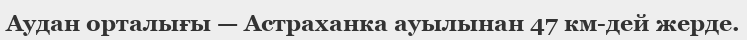
Аудан орталығы — Астраханка ауылынан 47 км-дей жерде.